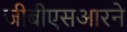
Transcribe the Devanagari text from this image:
जीबीएसआरने